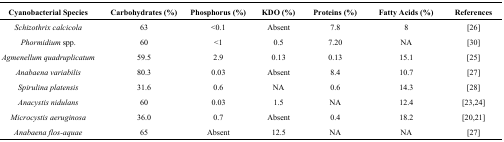
<table><thead><tr><td><b>Cyanobacterial Species</b></td><td><b>Carbohydrates (%)</b></td><td><b>Phosphorus (%)</b></td><td><b>KDO (%)</b></td><td><b>Proteins (%)</b></td><td><b>Fatty Acids (%)</b></td><td><b>References</b></td></tr></thead><tbody><tr><td><i>Schizothrix calcicola</i></td><td>63</td><td>&lt;0.1</td><td>Absent</td><td>7.8</td><td>8</td><td>[26]</td></tr><tr><td><i>Phormidium</i> spp.</td><td>60</td><td>&lt;1</td><td>0.5</td><td>7.20</td><td>NA</td><td>[30]</td></tr><tr><td><i>Agmenellum quadruplicatum</i></td><td>59.5</td><td>2.9</td><td>0.13</td><td>0.13</td><td>15.1</td><td>[25]</td></tr><tr><td><i>Anabaena variabilis</i></td><td>80.3</td><td>0.03</td><td>Absent</td><td>8.4</td><td>10.7</td><td>[27]</td></tr><tr><td><i>Spirulina platensis</i></td><td>31.6</td><td>0.6</td><td>NA</td><td>0.6</td><td>14.3</td><td>[28]</td></tr><tr><td><i>Anacystis nidulans</i></td><td>60</td><td>0.03</td><td>1.5</td><td>NA</td><td>12.4</td><td>[23,24]</td></tr><tr><td><i>Microcystis aeruginosa</i></td><td>36.0</td><td>0.7</td><td>Absent</td><td>0.4</td><td>18.2</td><td>[20,21]</td></tr><tr><td><i>Anabaena flos-aquae</i></td><td>65</td><td>Absent</td><td>12.5</td><td>NA</td><td>NA</td><td>[27]</td></tr></tbody></table>